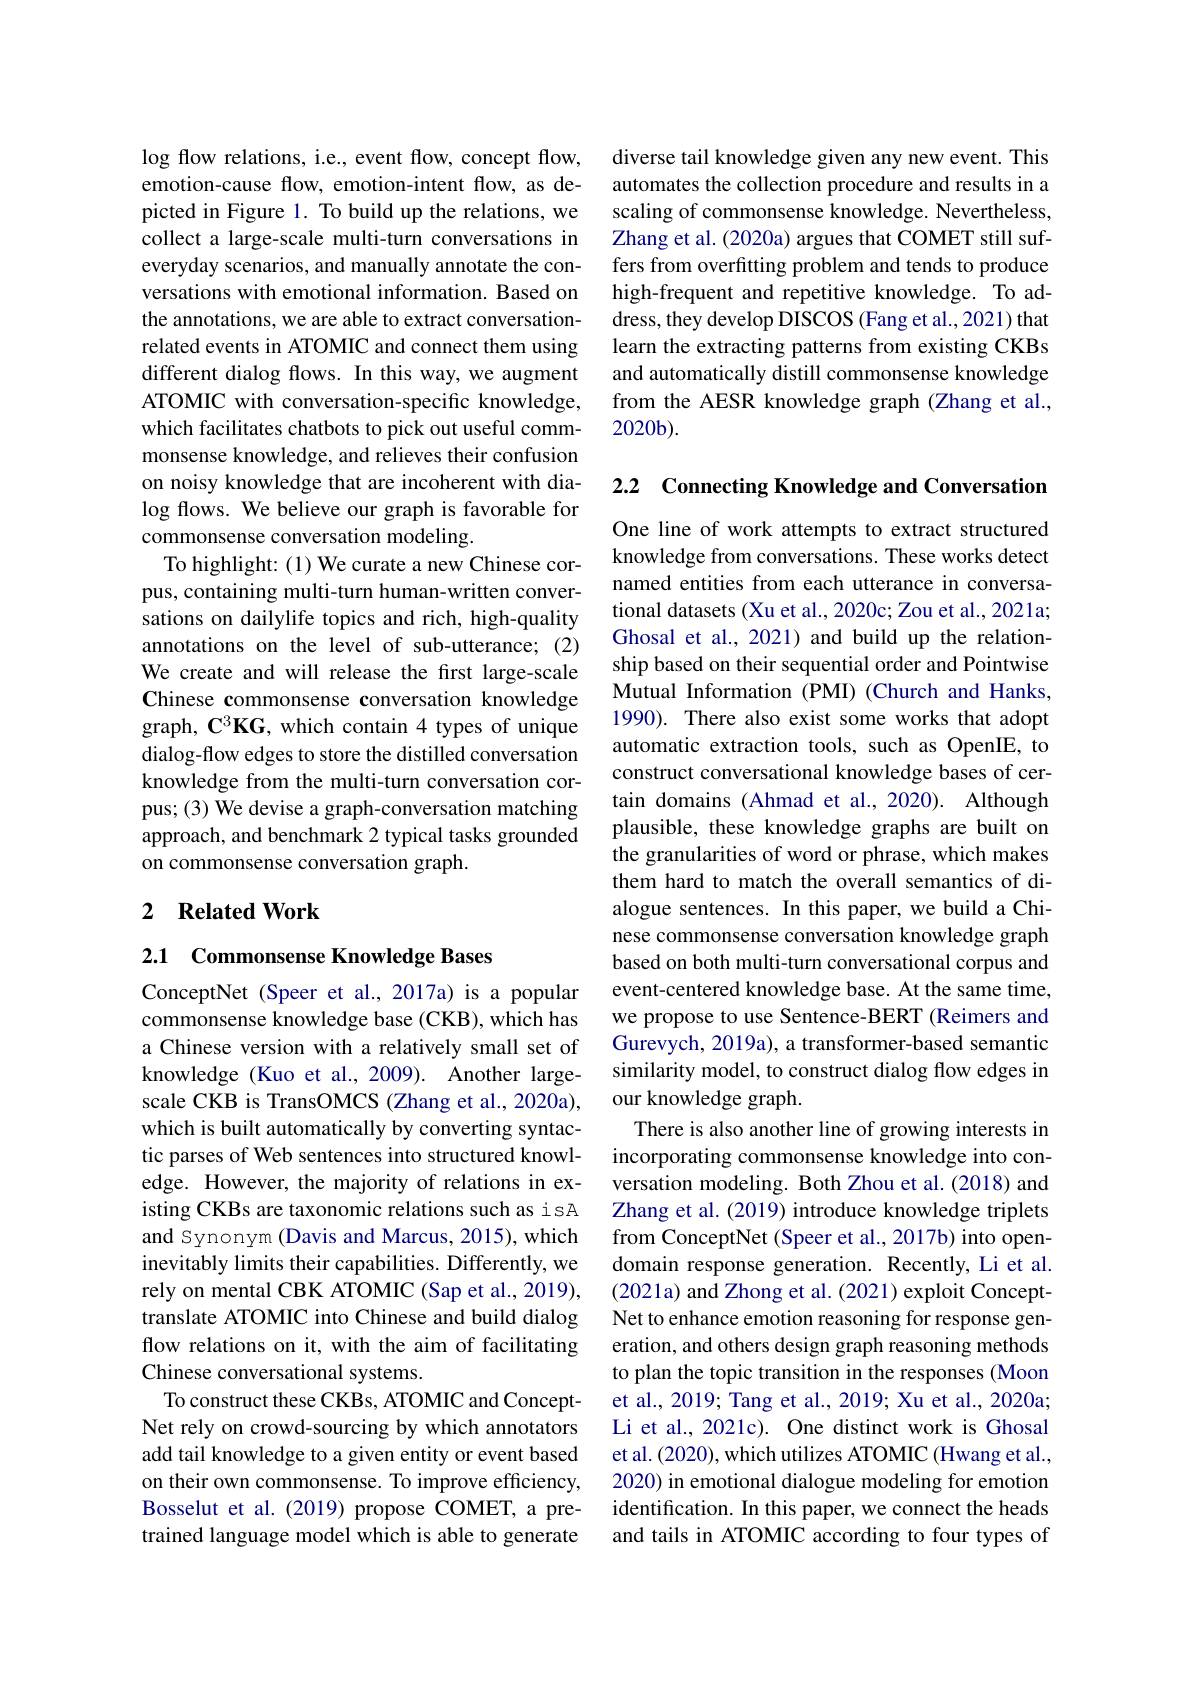
$\log$ flow relations, i.e., event flow, concept flow, emotion-cause flow, emotion-intent flow, as depicted in Figure 1. To build up the relations, we collect a large-scale multi-turn conversations in everyday scenarios, and manually annotate the conversations with emotional information. Based on the annotations, we are able to extract conversationrelated events in ATOMIC and connect them using different dialog flows. In this way, we augment ATOMIC with conversation-specific knowledge, which facilitates chatbots to pick out useful commmonsense knowledge, and relieves their confusion on noisy knowledge that are incoherent with dialog flows. We believe our graph is favorable for commonsense conversation modeling.
To highlight: (1) We curate a new Chinese corpus, containing multi-turn human-written conversations on dailylife topics and rich, high-quality annotations on the level of sub-utterance; (2) We create and will release the first large-scale Chinese commonsense conversation knowledge graph, C$^3\textbf{KG, which contain 4 types of unique}$ dialog-flow edges to store the distilled conversation knowledge from the multi-turn conversation corpus; (3) We devise a graph-conversation matching approach, and benchmark 2 typical tasks grounded on commonsense conversation graph.

## 2 $\textbf{Related Work}$

2.1 Commonsense Knowledge Bases

ConceptNet (Speer et al., 2017a) is a popular commonsense knowledge base (CKB), which has a Chinese version with a relatively small set of knowledge (Kuo et al., 2009). Another largescale CKB is TransOMCS (Zhang et al., 2020a), which is built automatically by converting syntactic parses of Web sentences into structured knowledge. However, the majority of relations in existing CKBs are taxonomic relations such as isA and Synonym (Davis and Marcus, 2015), which inevitably limits their capabilities. Differently, we rely on mental CBK ATOMIC (Sap et al., 2019), translate ATOMIC into Chinese and build dialog flow relations on it, with the aim of facilitating Chinese conversational systems.
To construct these CKBs, ATOMIC and ConceptNet rely on crowd-sourcing by which annotators add tail knowledge to a given entity or event based on their own commonsense. To improve efficiency, Bosselut et al.(2019) propose COMET, a pretrained language model which is able to generate

diverse tail knowledge given any new event. This automates the collection procedure and results in a scaling of commonsense knowledge. Nevertheless, Zhang et al. (2020a) argues that COMET still suffers from overfitting problem and tends to produce high-frequent and repetitive knowledge. To address, they develop DISCOS (Fang et al., 2021) that learn the extracting patterns from existing CKBs and automatically distill commonsense knowledge from the AESR knowledge graph (Zhang et al., 2020b).

2.2 Connecting Knowledge and Conversation

One line of work attempts to extract structured knowledge from conversations. These works detect named entities from each utterance in conversational datasets (Xu et al., 2020c; Zou et al., 2021a; Ghosal et al., 2021) and build up the relationship based on their sequential order and Pointwise Mutual Information (PMI) (Church and Hanks, 1990). There also exist some works that adopt automatic extraction tools, such as OpenIE, to construct conversational knowledge bases of certain domains (Ahmad et al., 2020). Although plausible, these knowledge graphs are built on the granularities of word or phrase, which makes them hard to match the overall semantics of dialogue sentences. In this paper, we build a Chinese commonsense conversation knowledge graph based on both multi-turn conversational corpus and event-centered knowledge base. At the same time, we propose to use Sentence-BERT (Reimers and Gurevych, 2019a), a transformer-based semantic similarity model, to construct dialog flow edges in our knowledge graph.
There is also another line of growing interests in incorporating commonsense knowledge into conversation modeling. Both Zhou et al.(2018) and Zhang et al. (2019) introduce knowledge triplets from ConceptNet (Speer et al., 2017b) into opendomain response generation. Recently, Li et al. (2021a) and Zhong et al. (2021) exploit ConceptNet to enhance emotion reasoning for response generation, and others design graph reasoning methods to plan the topic transition in the responses (Moon et al., 2019; Tang et al., 2019; Xu et al., 2020a; Li et al., 2021c). One distinct work is Ghosal et al. (2020), which utilizes ATOMIC (Hwang et al., 2020) in emotional dialogue modeling for emotion identification. In this paper, we connect the heads and tails in ATOMIC according to four types of